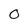
Character: O